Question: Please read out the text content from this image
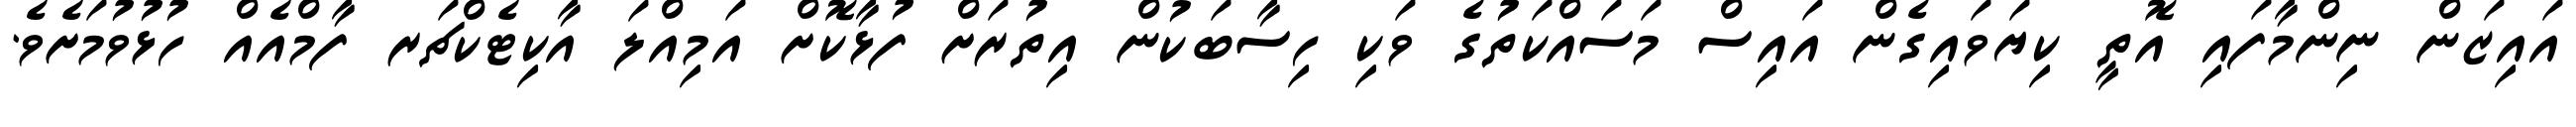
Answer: އައިޒަން ނިންމާފައި އޮތީ ކިޔަވައިގެން އައިސް މަސައްކަތުގެ ވަކި ހިސާބަކުން އިތުރަށް ފުޅާކޮށް އަމިއްލަ އާކިޓެކްޗަރ ފާމްއެއް ހުޅުވުމަށެވެ.